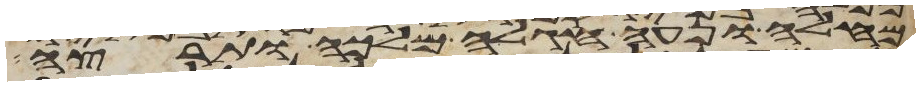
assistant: מחלה ונעה חגלה מלכה ותרצה